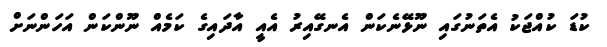
ކުޑަ ކުއްޖަކު އެތަނުގައި ނޫޅޭނެކަން އެނގޭއިރު އެއީ އާދައިގެ ކަމެއް ނޫންކަން އަހަންނަށް